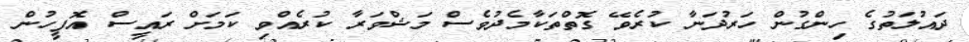
ދައުލަތުގެ ހިންގުން ހަރުދަނާ ކުރެވޭ ގޮތްތަކާމެދުވެސް މަޝްވަރާ ކުރެއްވި ކަމަށް ރައީސް އޮފީހުން